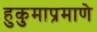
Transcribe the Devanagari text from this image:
हुकुमाप्रमाणे